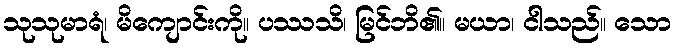
သုသုမာရံ၊ မိကျောင်းကို။ ပဿသိ၊ မြင်ဘိ၏။ မယာ၊ ငါသည်။ သော